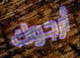
أرجوك